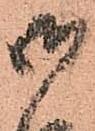
御